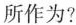
所作为？